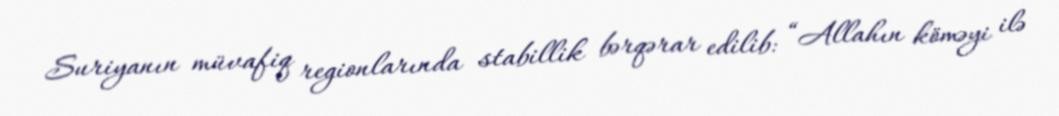
Suriyanın müvafiq regionlarında stabillik bərqərar edilib: “Allahın köməyi ilə